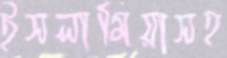
ইসলামিয়াসহ